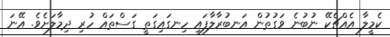
ކެމީލާ އެއްޗެކޭ ނުބުނެ ވަގުތުން އަނބުރާލާފައި ހިނގައިގަތީ ގަސްތައް ހުރި ދިމާލަށެވެ. އޭނަ